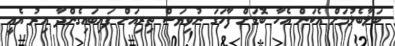
ބަލާބެލުމަށް އެކަން އެހާ ބޮޑަށް ފާހަގަ ނުވިޔަސް ތިރިއަށް ފައިބައިގެންދާ އިރު އެއީ